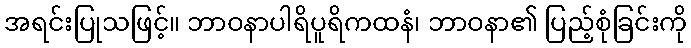
အရင်းပြုသဖြင့်။ ဘာဝနာပါရိပူရိကထနံ၊ ဘာဝနာ၏ ပြည့်စုံခြင်းကို